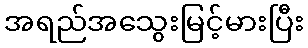
အရည်အသွေးမြင့်မားပြီး